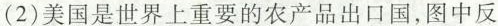
(2)美国是世界上重要的农产品出口国，图中反